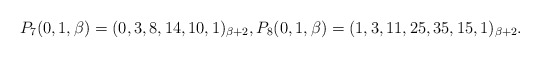
\begin{gather*}P_7(0,1,\beta)=(0,3,8,14,10,1)_{\beta+2}, P_8(0,1,\beta)=(1,3,11,25,35,15,1)_{\beta+2}.\end{gather*}